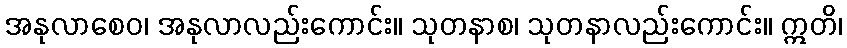
အနုလာစေဝ၊ အနုလာလည်းကောင်း။ သုတနာစ၊ သုတနာလည်းကောင်း။ ဣတိ၊